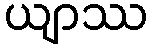
ယျာဿ